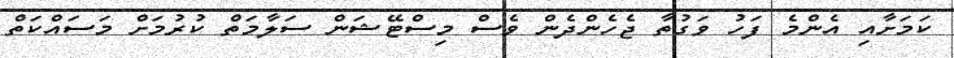
ކަމަށާއި އެންމެ ފަހު ވަގުތާ ޖެހެންދެން ވެސް މިސްޓޭޝަން ސަލާމަތް ކުރުމަށް މަސައްކަތް